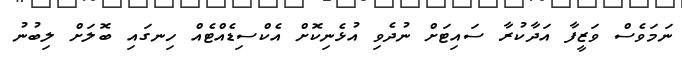
ނަމަވެސް ވަޒީފާ އަދާކުރާ ސައިޓަށް ނުދެވި އުޅެނިކޮށް އެކްސިޑެއްޓެއް ހިނގައި ބޮލަށް ލިބުނު